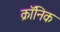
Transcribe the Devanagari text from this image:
क्राॅनिक